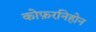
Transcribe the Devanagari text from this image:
कोफ़रनिहोन